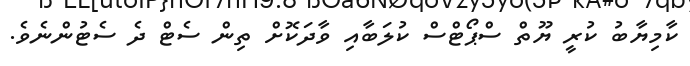
ކާމިޔާބު ކުރީ ޔޫތް ސްޕޯޓްސް ކުލަބާއި ވާދަކޮށް ތިން ސެޓް ދެ ސެޓުންނެވެ.